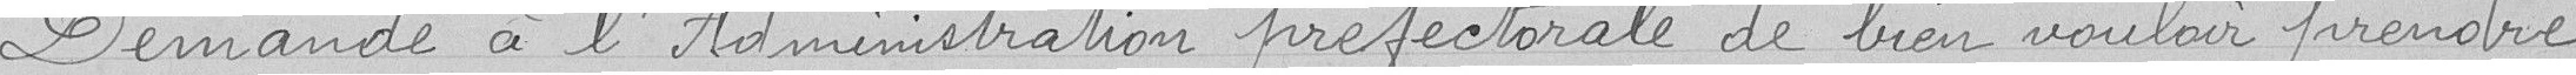
Demande à l'administration préfectorale de bien vouloir prendre,